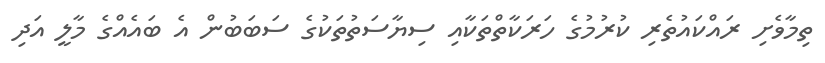
ތިމާވެށި ރައްކައުތެރި ކުރުމުގެ ހަރަކާތްތަކާއި ސިޔާސަތުތަކުގެ ސަބަބުން އެ ބައެއްގެ މާލީ އަދި